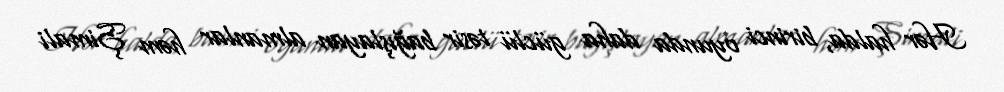
Hər halda, birinci oyunda daha güclü təsir bağışlayan almanlar həm Şimali